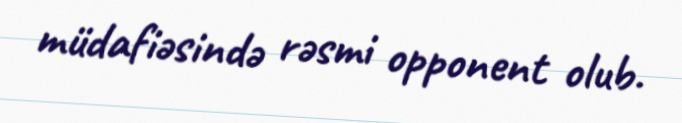
müdafiəsində rəsmi opponent olub.